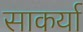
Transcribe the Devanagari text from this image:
साकर्या